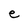
Character: e